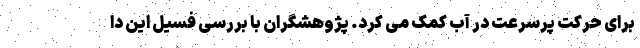
برای حرکت پرسرعت در آب کمک می کرد. پژوهشگران با بررسی فسیل این دا